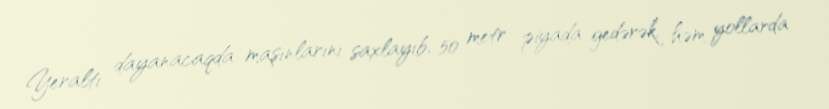
Yeraltı dayanacaqda maşınlarını saxlayıb, 50 metr piyada gedərək, həm yollarda